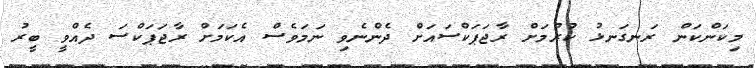
މިކަންކަން ރަނގަނޅު ކުރުމަށް ރާޖަޕަކްސައަށް ދެންނެވި ނަމަވެސް އެކަމަށް ރާޖަޕަކްސަ ދެއްވީ ބީރު